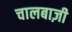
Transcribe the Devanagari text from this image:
चालबाज़ी